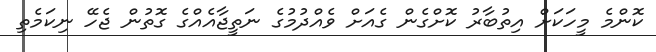
ކޮންމެ މީހަކަށް އިތުބާރު ކޮށްގެން ގެއަށް ވެއްދުމުގެ ނަތީޖާއެއްގެ ގޮތުން ޖެހޭ ނިކަމެތި